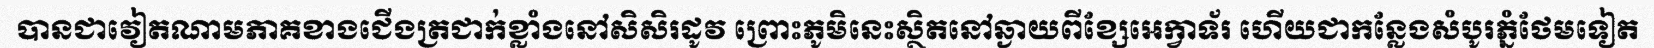
បានជាវៀតណាមភាគខាងជើងត្រជាក់ខ្លាំងនៅសិសិរដូវ ព្រោះភូមិនេះស្ថិតនៅឆ្ងាយពីខ្សែអេក្វាទ័រ ហើយជាកន្លែងសំបូរភ្នំថែមទៀត